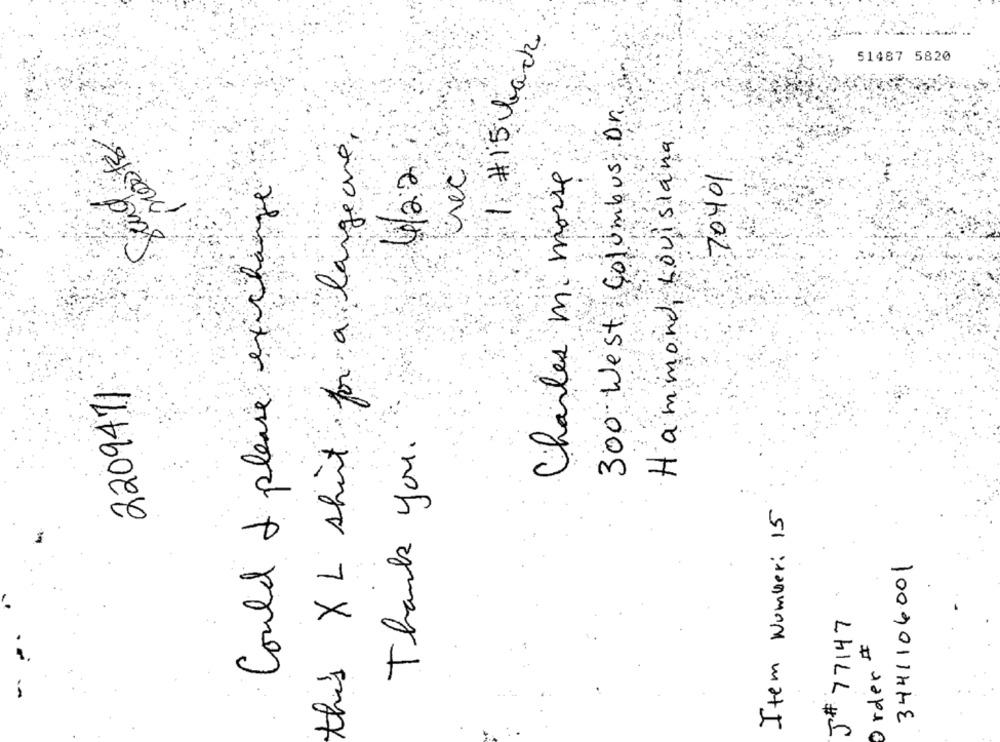
1 # 15 back
51487 5820
300 West , Columbus, Dr
posts
this XL shirt for a largeone.
Hammond, Louisiana
422
rec
Charles mi morse
70401
Could I please exchange
2209471
Thank you.
Item Number: 15
3441106001
JHf 77147
Order #